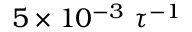
5 \times 1 0 ^ { - 3 } ~ \tau ^ { - 1 }